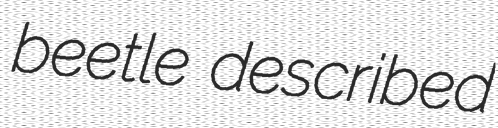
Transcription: beetle described